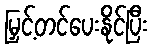
မြှင့်တင်ပေးနိုင်ပြီး